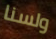
ولسنا